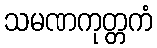
သမဏကုတ္တကံ